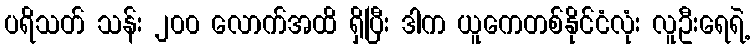
ပရိသတ် သန်း ၂၀၀ လောက်အထိ ရှိပြီး ဒါက ယူကေတစ်နိုင်ငံလုံး လူဦးရေရဲ့